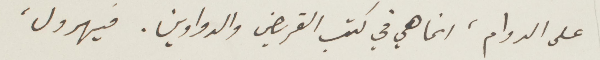
على الدوام، انما هي في كتب القريض والدواوين. فيهرول،